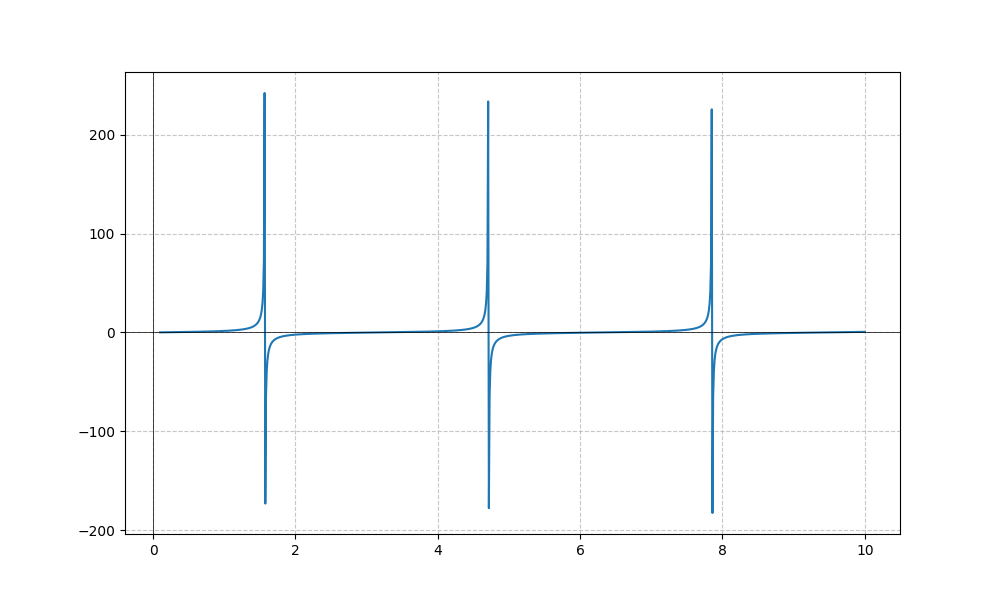
LaTeX formula: \tan{\left(x \right)}